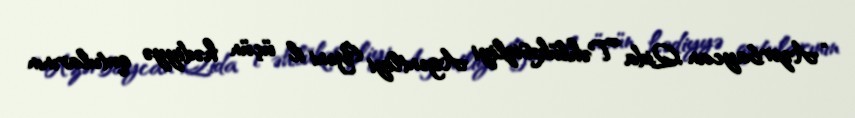
“Azərbaycan Qida Təhlükəsizliyi Agentliyi Yeni il üçün hədiyyə qutularının